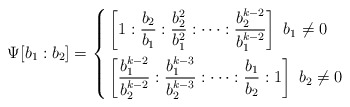
\begin{align*} \Psi[b_1:b_2]=\left\{\begin{aligned} & \left[1:\frac{b_2}{b_1}:\frac{b_2^2}{b_1^2}:\cdots:\frac{b_2^{k-2}}{b_1^{k-2}}\right]\ b_1\neq0\\ & \left[\frac{b_1^{k-2}}{b_2^{k-2}}:\frac{b_1^{k-3}}{b_2^{k-3}}:\cdots:\frac{b_1}{b_2}:1\right]\ b_2\neq0\end{aligned}\right.\end{align*}